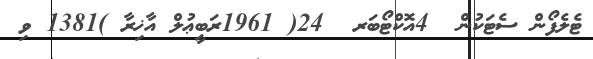
ޓެލެފޯން ސެޓަކުން  4އޮކްޓޯބަރ  24( 1961ރަބީޢުލް އާޚިރާ )1381 ވި